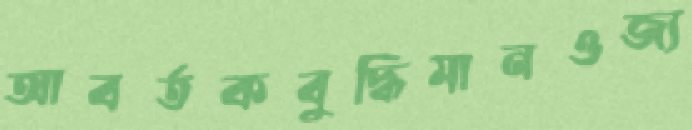
আবর্তকবুদ্ধিমানওজ্য